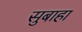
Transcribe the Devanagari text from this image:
सुबाहा